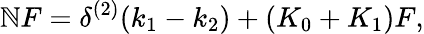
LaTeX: \mathbb{N}F=\delta^{(2)}(k_{1}-k_{2})+(K_{0}+K_{1})F,